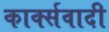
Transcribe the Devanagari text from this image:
कार्क्सवादी